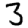
Digit: 3